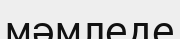
мәмледе